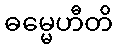
ဓမ္မေဟီတိ